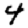
Digit: 4